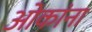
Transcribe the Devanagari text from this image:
ओकांना